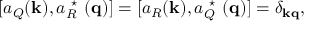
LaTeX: [ a _ { Q } ( { \bf k } ) , a _ { R } ^ { \mathrm { \normalsize ~ \star ~ } } ( { \bf q } ) ] = [ a _ { R } ( { \bf k } ) , a _ { Q } ^ { \mathrm { \normalsize ~ \star ~ } } ( { \bf q } ) ] = \delta _ { \bf k q } ,